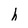
Character: h